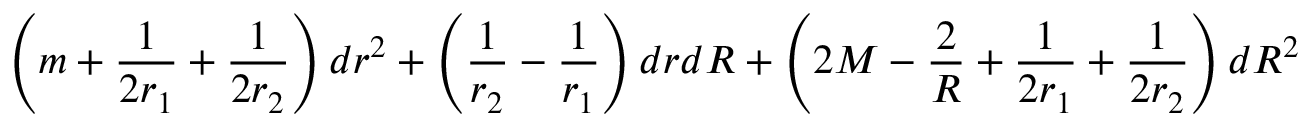
\left( m + \frac { 1 } { 2 r _ { 1 } } + \frac { 1 } { 2 r _ { 2 } } \right) d r ^ { 2 } + \left( \frac { 1 } { r _ { 2 } } - \frac { 1 } { r _ { 1 } } \right) d r d R + \left( 2 M - \frac { 2 } { R } + \frac { 1 } { 2 r _ { 1 } } + \frac { 1 } { 2 r _ { 2 } } \right) d R ^ { 2 }